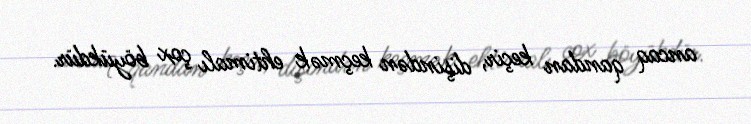
ancaq qandan keçir, dişindən keçmək ehtimalı çox böyükdür.